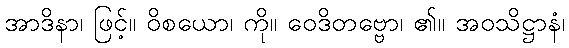
အာဒိနာ၊ ဖြင့်။ ဝိစယော၊ ကို။ ဝေဒိတဗ္ဗော၊ ၏။ အဝသိဋ္ဌာနံ၊